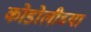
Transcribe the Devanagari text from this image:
कोडोलीच्या